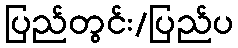
ပြည်တွင်း/ပြည်ပ